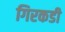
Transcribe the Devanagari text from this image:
गिरकडी